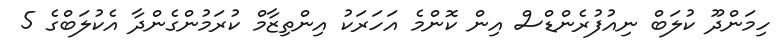
ހިމަންދޫ ކުލަބް ނިއުފުރެންޑްސް އިން ކޮންމެ އަހަރަކު އިންތިޒާމް ކުރަމުންގެންދާ އެކުލަބްގެ 5